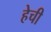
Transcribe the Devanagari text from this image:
हेची